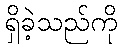
ရှိခဲ့သည်ကို